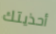
أحذيتك